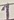
Text: 1